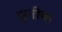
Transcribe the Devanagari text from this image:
सुनीक